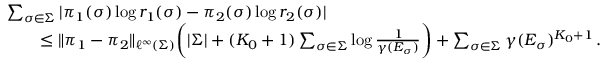
\begin{array} { r l } & { \sum _ { \sigma \in \Sigma } | \pi _ { 1 } ( \sigma ) \log r _ { 1 } ( \sigma ) - \pi _ { 2 } ( \sigma ) \log r _ { 2 } ( \sigma ) | } \\ & { \qquad \le \| \pi _ { 1 } - \pi _ { 2 } \| _ { \ell ^ { \infty } ( \Sigma ) } \bigg ( | \Sigma | + ( K _ { 0 } + 1 ) \sum _ { \sigma \in \Sigma } \log \frac 1 { \gamma ( E _ { \sigma } ) } \bigg ) + \sum _ { \sigma \in \Sigma } \gamma ( E _ { \sigma } ) ^ { K _ { 0 } + 1 } \, . } \end{array}